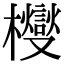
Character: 㰔